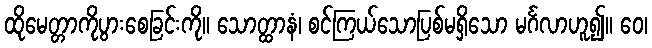
ထိုမေတ္တာကိုပွားစေခြင်းကို။ သောတ္ထာနံ၊ စင်ကြယ်သောပြစ်မရှိသော မင်္ဂလာဟူ၍။ ဝေ၊